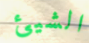
الشيئ